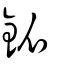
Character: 釽